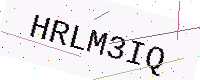
Text: HRLM3IQ